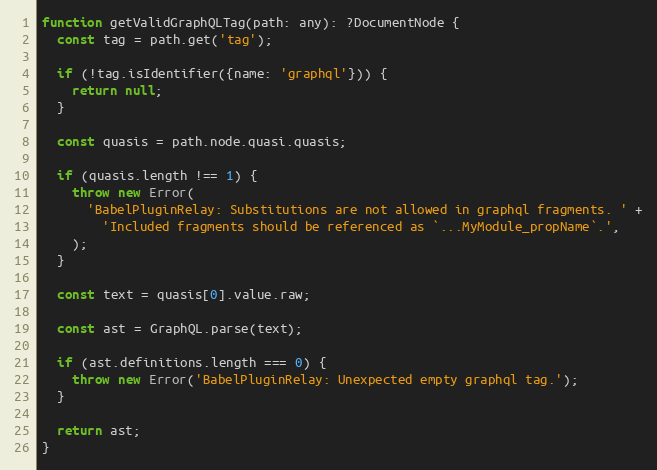
Language: JavaScript
function getValidGraphQLTag(path: any): ?DocumentNode {
  const tag = path.get('tag');

  if (!tag.isIdentifier({name: 'graphql'})) {
    return null;
  }

  const quasis = path.node.quasi.quasis;

  if (quasis.length !== 1) {
    throw new Error(
      'BabelPluginRelay: Substitutions are not allowed in graphql fragments. ' +
        'Included fragments should be referenced as `...MyModule_propName`.',
    );
  }

  const text = quasis[0].value.raw;

  const ast = GraphQL.parse(text);

  if (ast.definitions.length === 0) {
    throw new Error('BabelPluginRelay: Unexpected empty graphql tag.');
  }

  return ast;
}